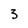
Character: 3